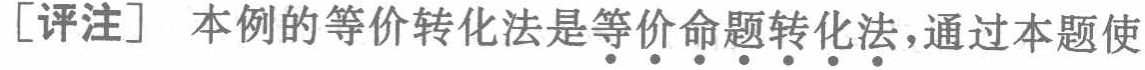
[评注] 本例的等价转化法是等\underline{价命题转化法}，通过本题使